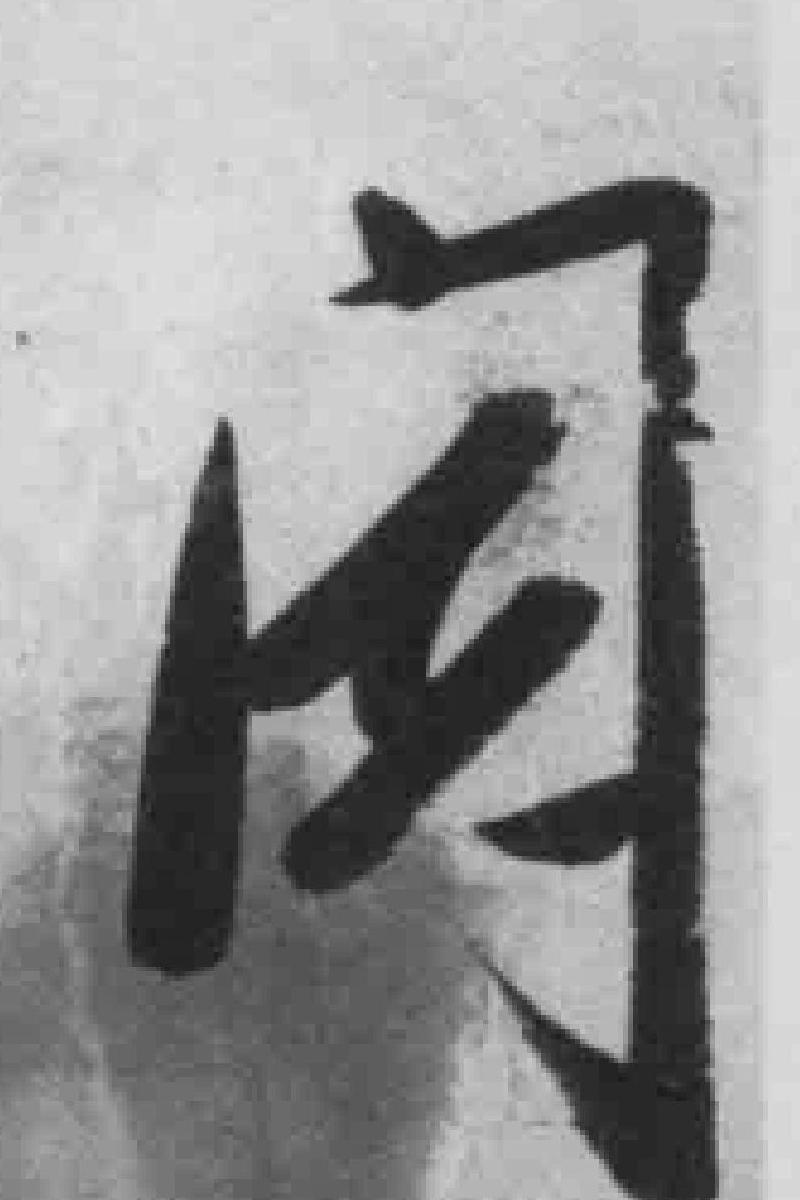
*